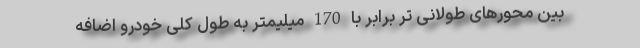
بین محورهای طولانی تر برابر با 170 میلیمتر به طول کلی خودرو اضافه